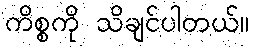
ကိစ္စကို သိချင်ပါတယ်။